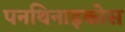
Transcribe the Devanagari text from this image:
पनथिनाइकोस